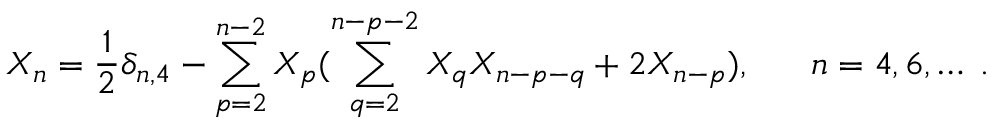
X _ { n } = \frac { 1 } { 2 } \delta _ { n , 4 } - \sum _ { p = 2 } ^ { n - 2 } X _ { p } ( \sum _ { q = 2 } ^ { n - p - 2 } X _ { q } X _ { n - p - q } + 2 X _ { n - p } ) , \; \; \; \; \; \; n = 4 , 6 , \ldots \; .